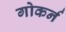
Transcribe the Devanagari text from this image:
गोकर्न